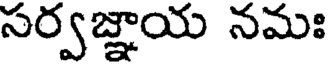
సర్వజ్ఞాయ నమః